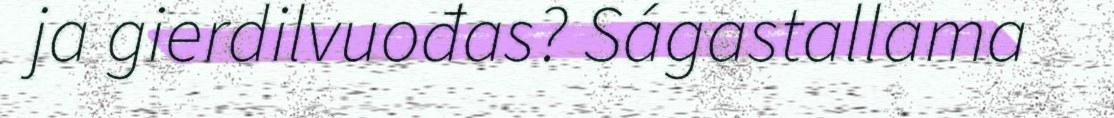
ja gierdilvuođas? Ságastallama